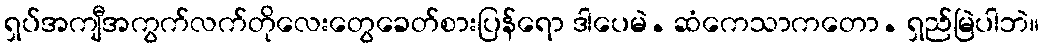
ရှပ်အကျီအကွက်လက်တိုလေးတွေခေတ်စားပြန်ရော ဒါပေမဲ. ဆံကေသာကတော. ရှည်မြဲပါဘဲ။